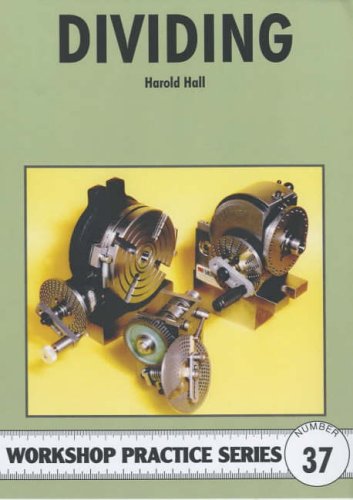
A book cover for Dividing (Workshop Practice); Harold Hall; Crafts, Hobbies & Home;